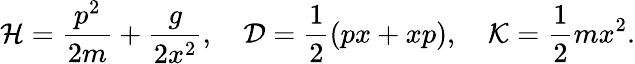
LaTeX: {\cal H}={\frac{p^{2}}{2m}}+{\frac{g}{2x^{2}}},\ \ \ \ {\cal D}={\frac{1}{2}}(px+xp),\ \ \ \ {\cal K}={\frac{1}{2}}mx^{2}.